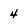
Character: 4